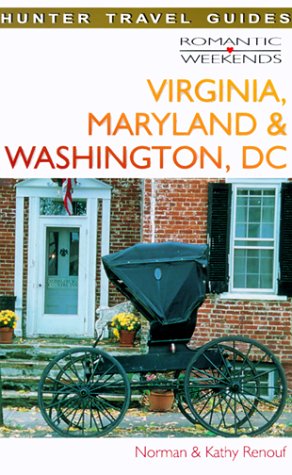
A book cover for Romantic Weekends in Virginia, Washington, D.C. & Maryland; Norman Renouf; Travel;